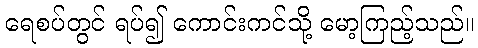
ရေစပ်တွင် ရပ်၍ ကောင်းကင်သို့ မော့ကြည့်သည်။